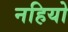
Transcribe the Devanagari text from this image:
नहियो